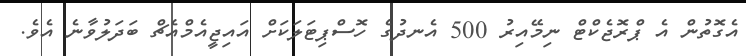
އެގޮތުން އެ ޕްރޮޖެކްޓް ނިމޭއިރު 500 އެނދުގެ ހޮސްޕިޓަލަކަށް އައިޖީއެމްއެޗް ބަދަލުވާނެ އެވެ.